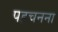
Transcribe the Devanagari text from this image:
पहचनना